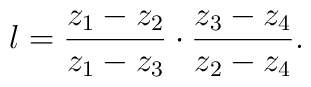
\l={z_1-z_2\over z_1-z_3}\cdot{z_3-z_4\over z_2-z_4}.